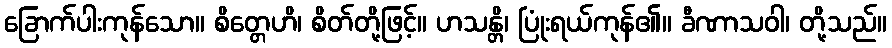
ခြောက်ပါးကုန်သော။ စိတ္တေဟိ၊ စိတ်တို့ဖြင့်။ ဟသန္တိ၊ ပြုံးရယ်ကုန်၏။ ခီဏာသဝါ၊ တို့သည်။